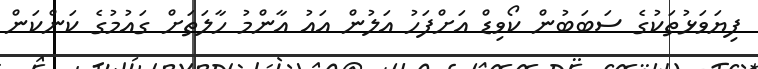
ފިޔަވަޅުތަކުގެ ސަބަބުން ކޯވިޑް އަށްފަހު އަލުން އައު އާންމު ހާލަތަށް ގައުމުގެ ކަންކަން